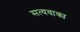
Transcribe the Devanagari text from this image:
सत्यवाक्य